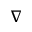
\boldsymbol { \nabla }